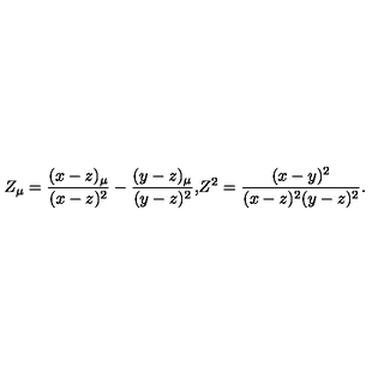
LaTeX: Z _ { \mu } = \frac { ( x - z ) _ { \mu } } { ( x - z ) ^ { 2 } } - \frac { ( y - z ) _ { \mu } } { ( y - z ) ^ { 2 } } \mathrm { , } Z ^ { 2 } = \frac { ( x - y ) ^ { 2 } } { ( x - z ) ^ { 2 } ( y - z ) ^ { 2 } } \mathrm { . }